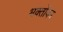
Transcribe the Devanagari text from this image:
भक्तोंका